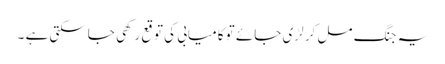
یہ جنگ مل کر لڑی جائے تو کامیابی کی توقع رکھی جاسکتی ہے ۔